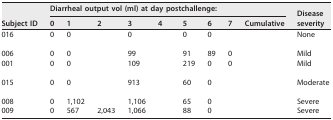
<table><thead><tr><td rowspan="2"><b>Subject ID</b></td><td colspan="9"><b>Diarrheal output vol (ml) at day postchallenge:</b></td><td rowspan="2"><b>Disease severity</b></td></tr><tr><td><b>0</b></td><td><b>1</b></td><td><b>2</b></td><td><b>3</b></td><td><b>4</b></td><td><b>5</b></td><td><b>6</b></td><td><b>7</b></td><td><b>Cumulative</b></td></tr></thead><tbody><tr><td>016</td><td>0</td><td>0</td><td>[EMPTY_CELL]</td><td>0</td><td>[EMPTY_CELL]</td><td>0</td><td>0</td><td>[EMPTY_CELL]</td><td>[EMPTY_CELL]</td><td>None</td></tr><tr><td>006</td><td>0</td><td>0</td><td>[EMPTY_CELL]</td><td>99</td><td>[EMPTY_CELL]</td><td>91</td><td>89</td><td>0</td><td>[EMPTY_CELL]</td><td>Mild</td></tr><tr><td>001</td><td>0</td><td>0</td><td>[EMPTY_CELL]</td><td>109</td><td>[EMPTY_CELL]</td><td>219</td><td>0</td><td>0</td><td>[EMPTY_CELL]</td><td>Mild</td></tr><tr><td>015</td><td>0</td><td>0</td><td>[EMPTY_CELL]</td><td>913</td><td>[EMPTY_CELL]</td><td>60</td><td>0</td><td>[EMPTY_CELL]</td><td>[EMPTY_CELL]</td><td>Moderate</td></tr><tr><td>008</td><td>0</td><td>1,102</td><td>[EMPTY_CELL]</td><td>1,106</td><td>[EMPTY_CELL]</td><td>65</td><td>0</td><td>[EMPTY_CELL]</td><td>[EMPTY_CELL]</td><td>Severe</td></tr><tr><td>009</td><td>0</td><td>567</td><td>2,043</td><td>1,066</td><td>[EMPTY_CELL]</td><td>88</td><td>0</td><td>[EMPTY_CELL]</td><td>[EMPTY_CELL]</td><td>Severe</td></tr></tbody></table>